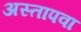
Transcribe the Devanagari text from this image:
अस्तापवा